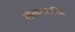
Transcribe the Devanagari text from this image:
लेखनशक्ति